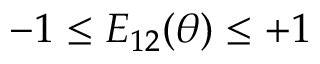
- 1 \le E _ { 1 2 } ( \theta ) \le + 1